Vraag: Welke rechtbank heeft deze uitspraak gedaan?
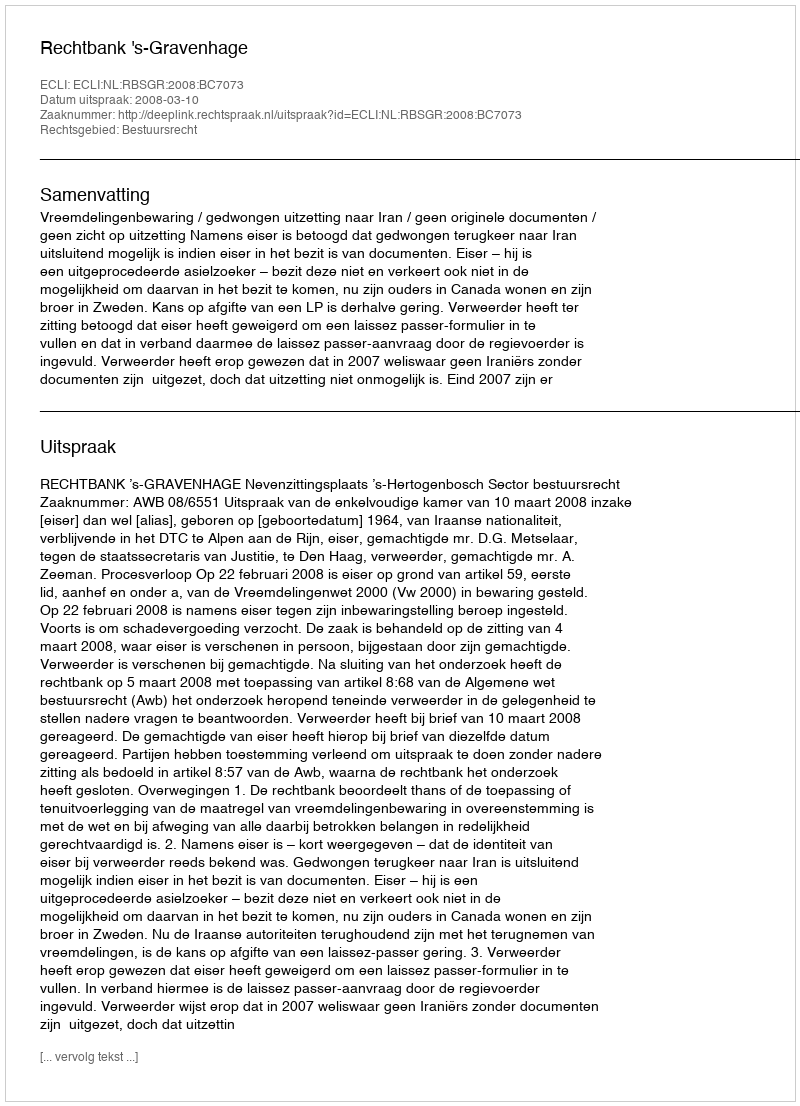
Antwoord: Rechtbank 's-Gravenhage